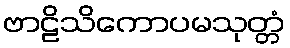
ဗာဠိသိကောပမသုတ္တံ